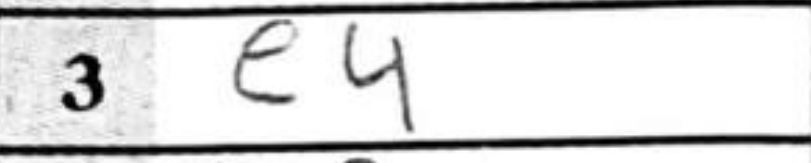
Transcription: e4